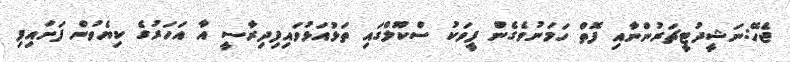
ޖެހޭ:ނަޝީދުޓީޗަރުންނާއި ފޮތް ހަމަނުވެގެން ފީވަކު ސްކޫލްގައި ތަޅުއަޅުވައިފިދިރާސީ އާ އަހަރުގެ ކިޔެވުން ފަށައިފި